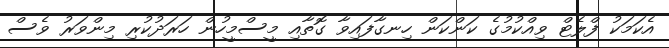
އެކަމަކު ފްލެޓް ވިއްކުމުގެ ކަންކަން ހިނގާފައިވާ ގޮތާއި މީސްމީހުން ހަރަދުކުރި މިންވަރު ވެސް